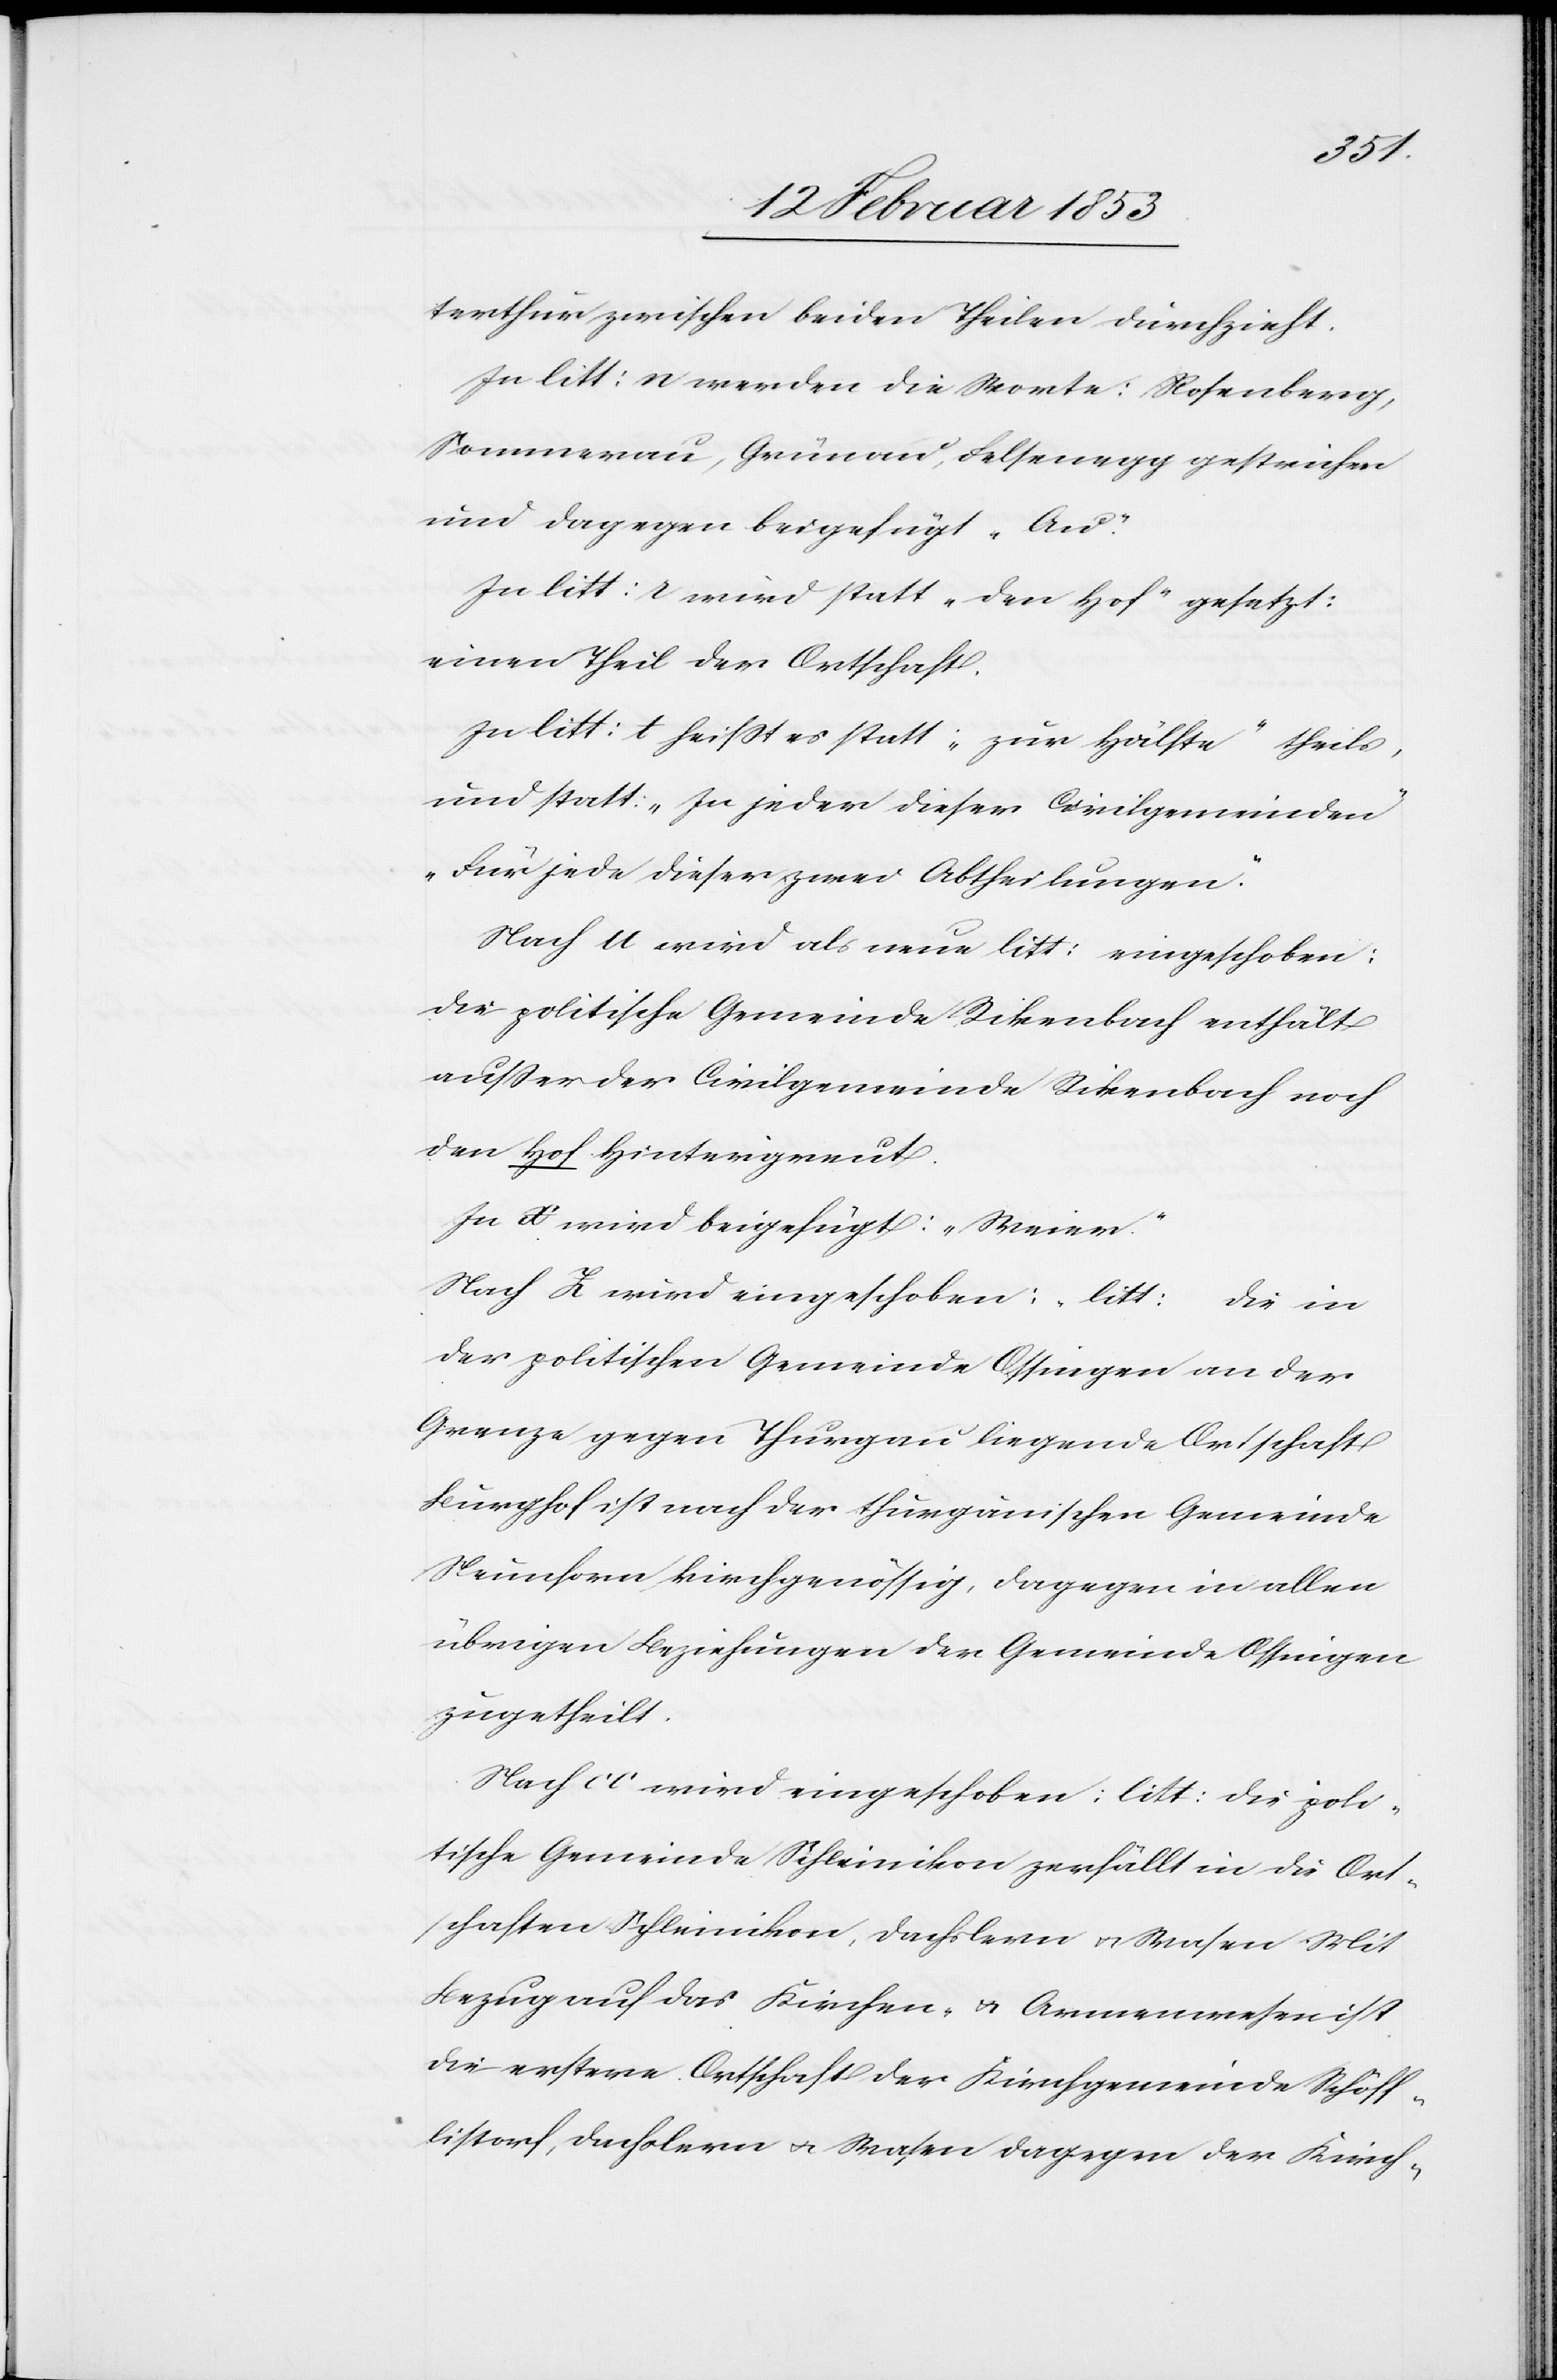
terthurer zwischen beiden Theilen durchzieht.
In litt: n werden die Worte: Rosenberg,
Sommerau, Grünau, Felsenegg gestrichen
und dagegen beigefügt “Au“.
In litt: s wird statt “der Hof“ gesetzt:
einen Theil der Ortschaft.
In litt: t heißt es statt “zur Hälfte“ theils,
und statt: “In jeder dieser Civilgemeinden“
“Für jede dieser zwei Abtheilungen“.
Nach u wird als neue litt: eingeschoben:
die politische Gemeinde Rikenbach enthält
außer der Civilgemeinde Rikenbach noch
den Hof Hintergreut.
In x wird beigefügt: “Weier“.
Nach X wird eingeschoben: “litt: die in
der politischen Gemeinde Ossingen an der
Grenze gegen Thurgau liegende Ortschaft
Burghof ist nach der thurgauischen Gemeinde
Neunforn, kirchgenössig, dagegen in allen
übrigen Beziehungen der Gemeinde Ossingen
zugetheilt.
Nach cc wird eingeschoben: litt: die poli¬
tische Gemeinde Schleinikon zerfällt in die Ort¬
schaften Schleinikon, Dachslern u. Wasen. Mit
Bezug auf das Kirchen- u. Armenwesen ist
die erstere Ortschaft der Kirchgemeinde Schöff¬
istorf, Dachslern u. Wasen dagegen der Kirch-